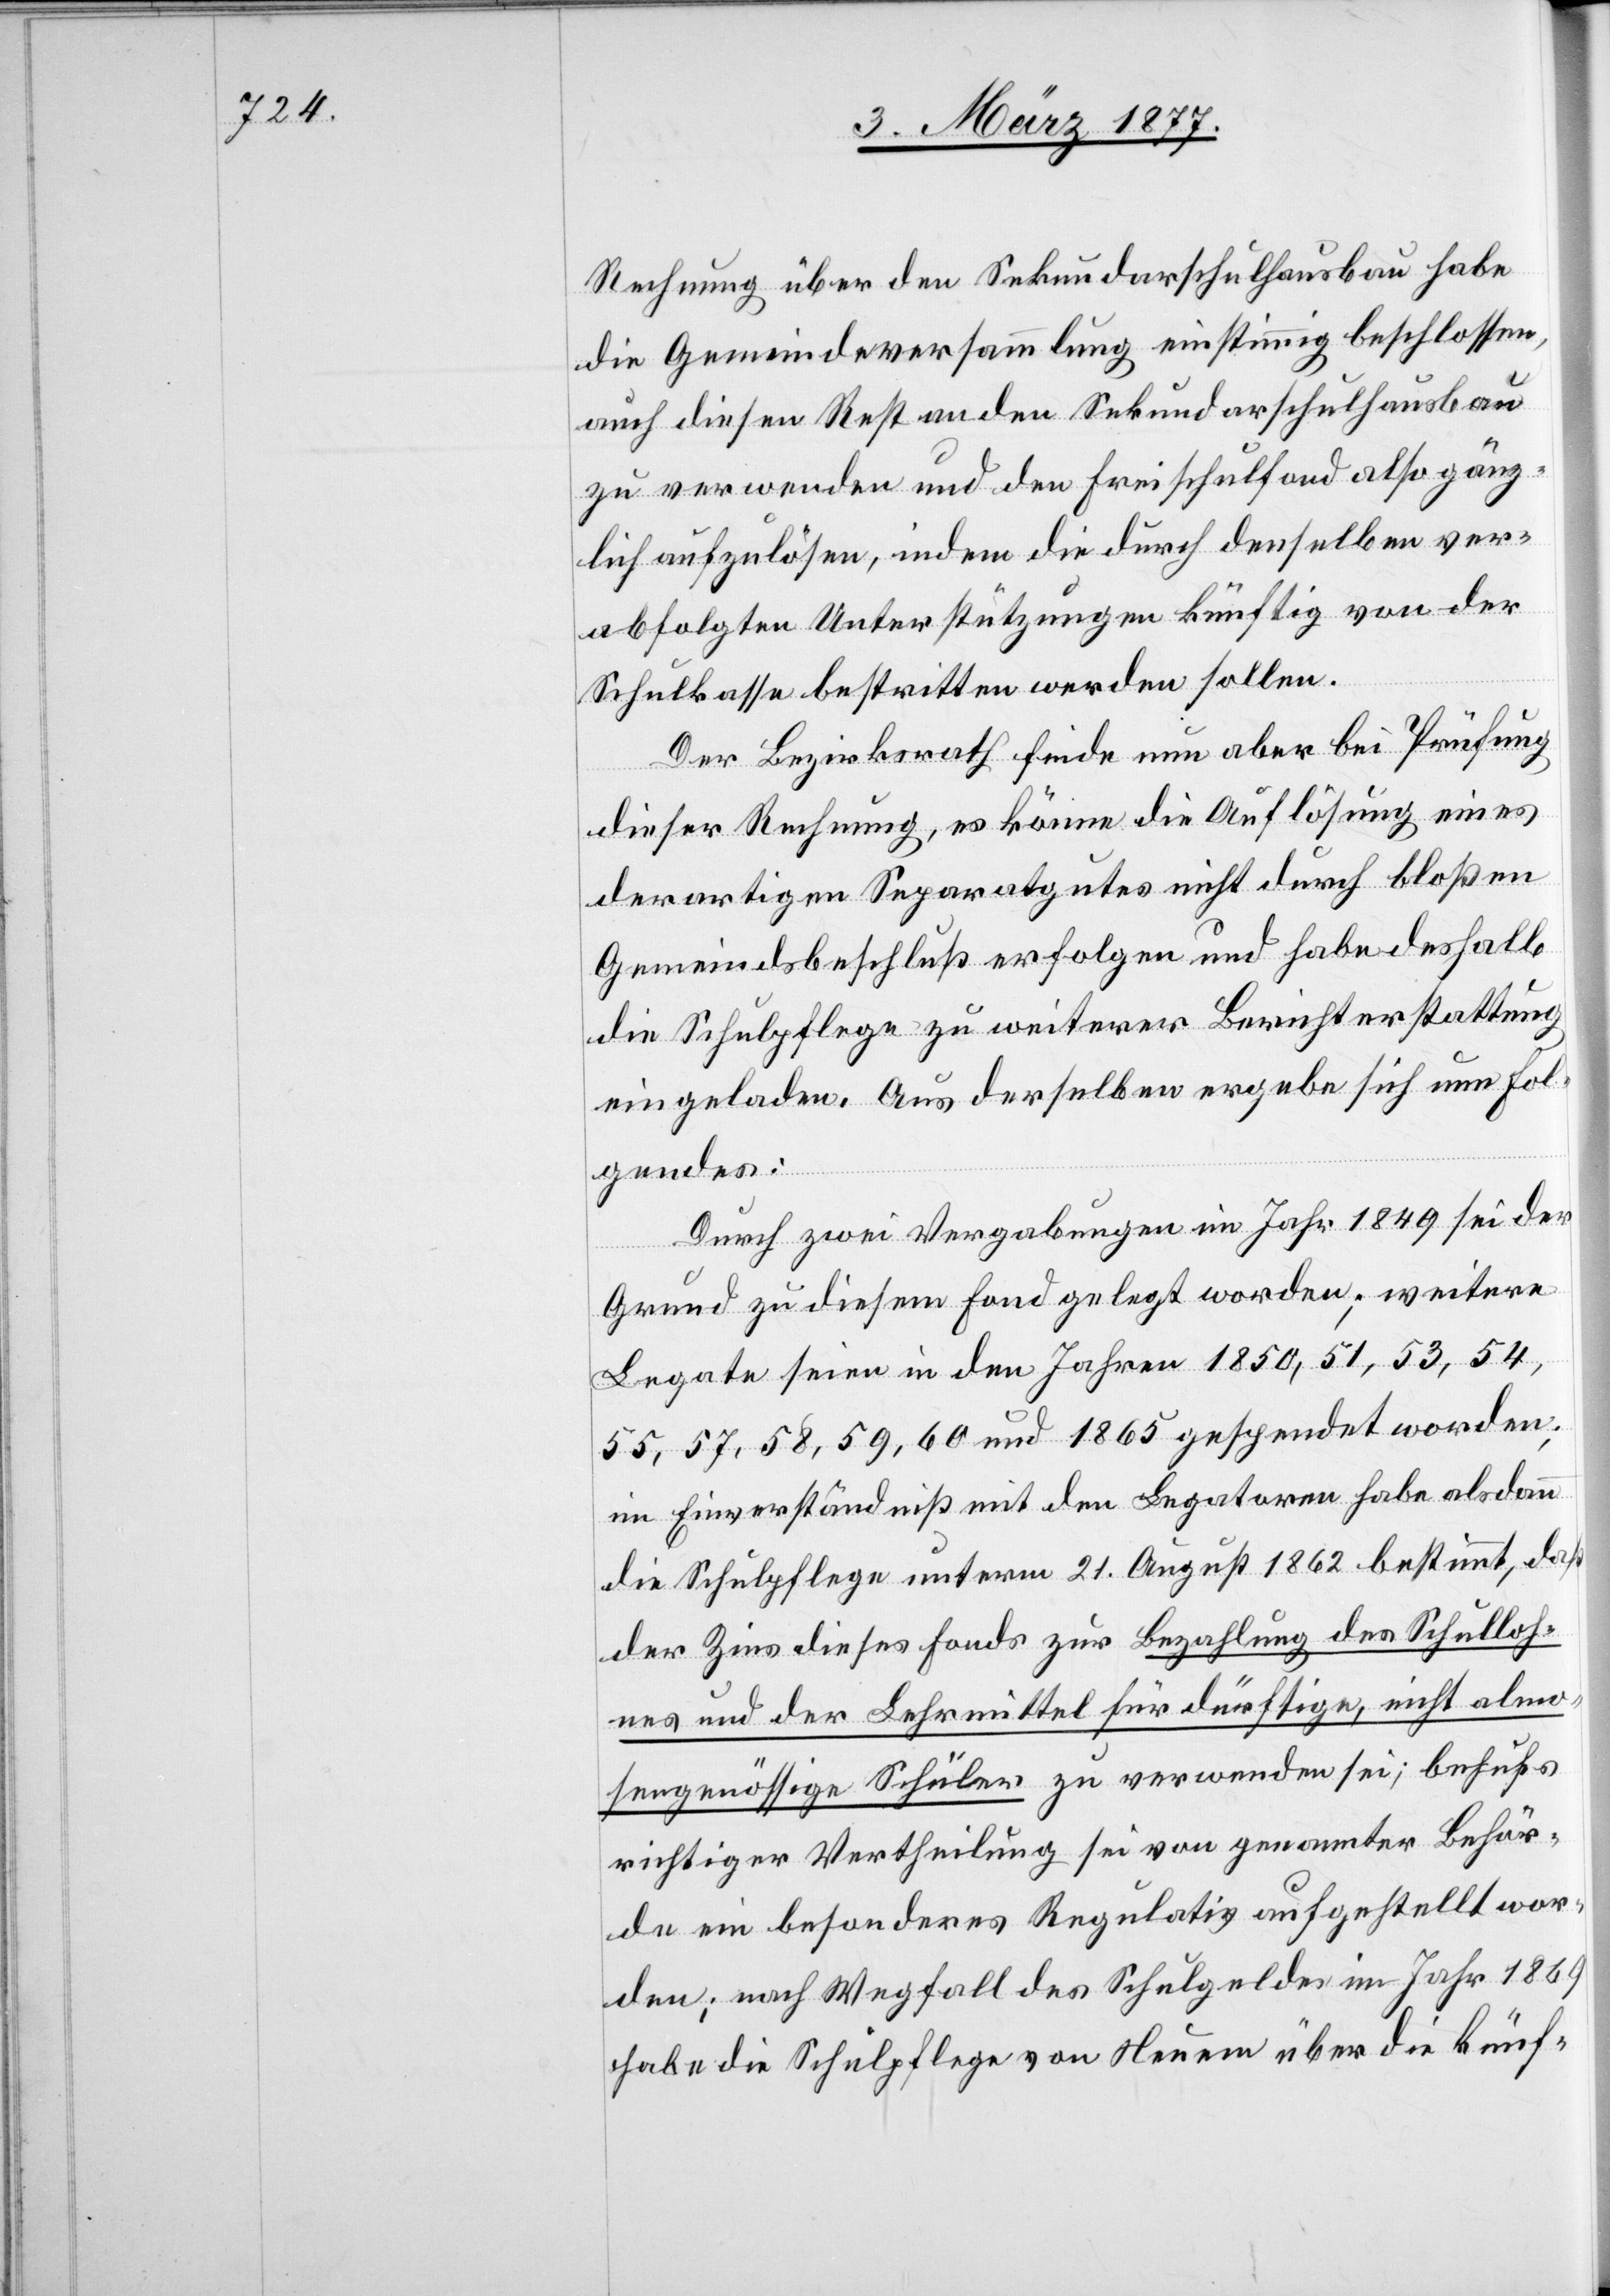
Rechnung über den Sekundarschulhausbau habe
die Gemeindeversammlung einstimmig beschlossen,
auch diesen Rest an den Sekundarschulhausbau
zu verwenden und den Freischulfond also gänz¬
lich aufzulösen, indem die durch denselben ver¬
abfolgten Unterstützungen künftig von der
Schulkasse bestritten werden sollen.
Der Bezirksrath finde nun aber bei Prüfung
dieser Rechnung, es könne die Auflösung eines
derartigen Separatgutes nicht durch bloßen
Gemeindsbeschluß erfolgen und habe deshalb
die Schulpflege zu weiterer Berichterstattung
eingeladen. Aus derselben ergebe sich nun Fol¬
gendes:
Durch zwei Vergabungen im Jahr 1849 sei der
Grund zu diesem Fond gelegt worden; weitere
Legate seien in den Jahren 1850, 51, 53, 54,
55, 57, 58, 59, 60 und 1865 gespendet worden;
im Einverständniß mit den Legatoren habe alsdann
die Schulpflege unterm 21. August 1862 bestimmt, daß
der Zins dieses Fonds zur Bezahlung des Schulloh¬
nes und der Lehrmittel für dürftige, nicht almo¬
sengenössige Schüler zu verwenden sei; behufs
richtiger Vertheilung sei von genannter Behör¬
de ein besonderes Regulativ aufgestellt wor¬
den; nach Wegfall des Schulgeldes im Jahr 1869
habe die Schulpflege von Neuem über die künf-